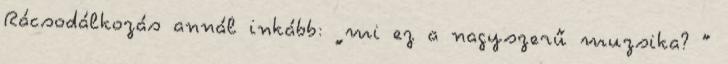
Rácsodálkozás annál inkább: „mi ez a nagyszerű muzsika? ”